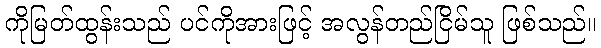
ကိုမြတ်ထွန်းသည် ပင်ကိုအားဖြင့် အလွန်တည်ငြိမ်သူ ဖြစ်သည်။